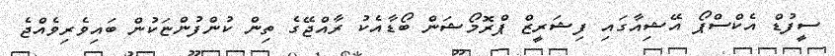
ސީފުޑް އެކްސްޕޯ އޭޝިއާގައި ފިޝަރީޒް ޕްރޮމޯޝަން ބޯޑާއެކު ރާއްޖޭގެ ތިން ކުންފުންޏަކުން ބައިވެރިވެއްޖެ